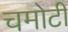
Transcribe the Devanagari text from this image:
चमोटी